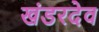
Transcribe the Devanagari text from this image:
खंडरदेव